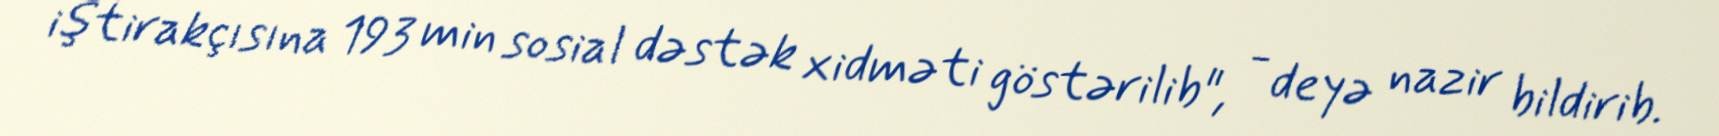
iştirakçısına 193 min sosial dəstək xidməti göstərilib", - deyə nazir bildirib.